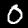
Digit: 0